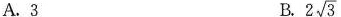
A.3 B. 2\sqrt{3}